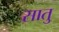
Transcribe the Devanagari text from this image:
सातु